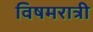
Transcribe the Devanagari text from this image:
विषमरात्री